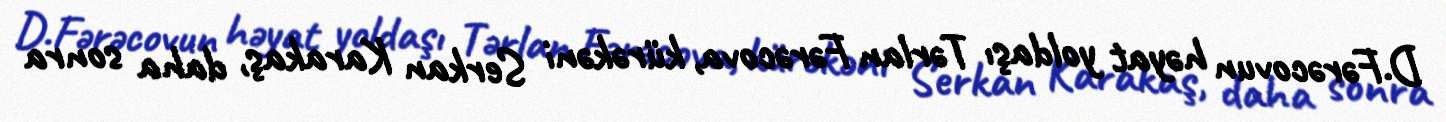
D.Fərəcovun həyat yoldaşı Tərlan Fərəcova, kürəkəni Serkan Karakaş, daha sonra